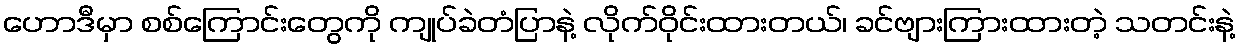
ဟောဒီမှာ စစ်ကြောင်းတွေကို ကျုပ်ခဲတံပြာနဲ့ လိုက်ဝိုင်းထားတယ်၊ ခင်ဗျားကြားထားတဲ့ သတင်းနဲ့